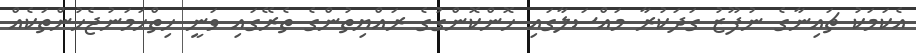
އެކަމަކު ޗައިނާގެ ނުފޫޒު ގަދަކުރާ މައްސަލާގައި ހޮންކޮންގުގެ ރައްޔިތުންގެ ތެރޭގައި ވަނީ ހިތްހަމަނުޖެހުންތަކެއް